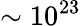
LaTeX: \sim 10^{23}